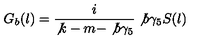
G _ { b } ( l ) = \frac { i } { \not { k } - m - \not { b } \gamma _ { 5 } } \not { b } \gamma _ { 5 } S ( l )